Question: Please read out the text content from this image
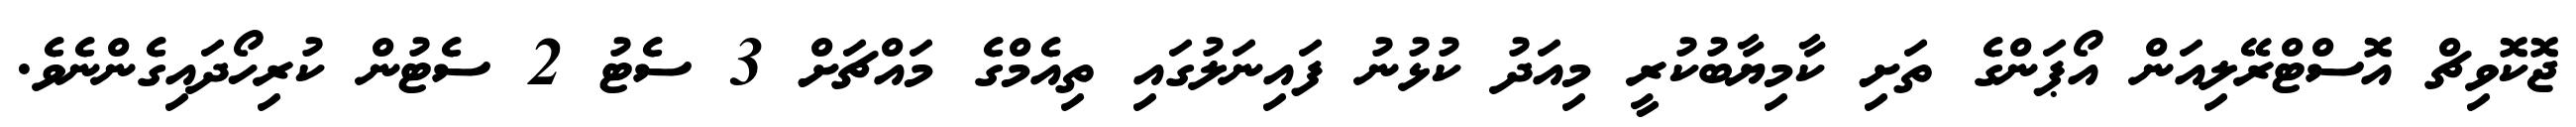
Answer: ޖޮކޮވިޗް އޮސްޓްރޭލިއަން އޯޕަންގެ ތަށި ކާމިޔާބުކުރީ މިއަދު ކުޅުނު ފައިނަލުގައި ތިއެމްގެ މައްޗަށް 3 ސެޓު 2 ސެޓުން ކުރިހޯދައިގެންނެވެ.